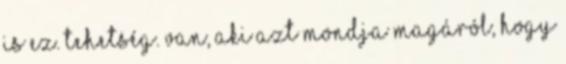
is ez. Tehetség. Van, aki azt mondja magáról, hogy